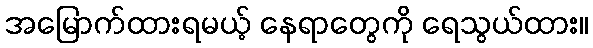
အမြောက်ထားရမယ့် နေရာတွေကို ရေသွယ်ထား။